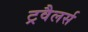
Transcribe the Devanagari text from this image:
ट्रवैलर्स